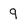
Character: 9